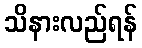
သိနားလည်ရန်